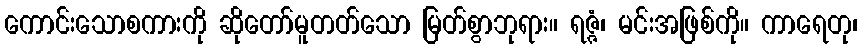
ကောင်းသောစကားကို ဆိုတော်မူတတ်သော မြတ်စွာဘုရား။ ရဇ္ဇံ၊ မင်းအဖြစ်ကို။ ကာရေတု၊